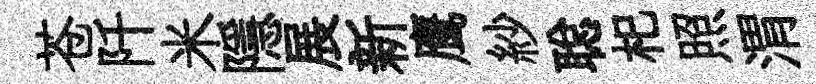
苍阡米隱展新鹰紗聪𣏌照渭